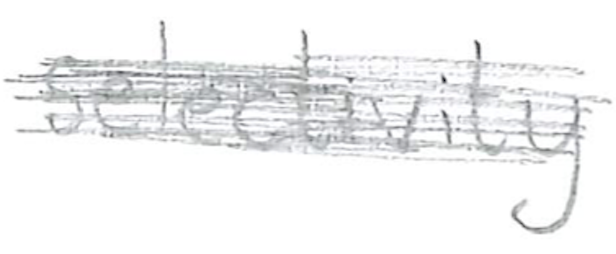
Text: selectivity
Cross-out: scratch
Writing tool: pencil